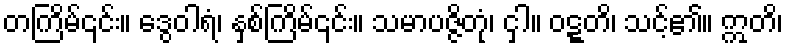
တကြိမ်၎င်း။ ဒွေဝါရံ၊ နှစ်ကြိမ်၎င်း။ သမာပဇ္ဇိတုံ၊ ငှါ။ ဝဋ္ဋတိ၊ သင့်၏။ ဣတိ၊